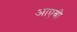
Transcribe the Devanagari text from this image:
आएबी